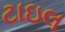
ટાઇલ